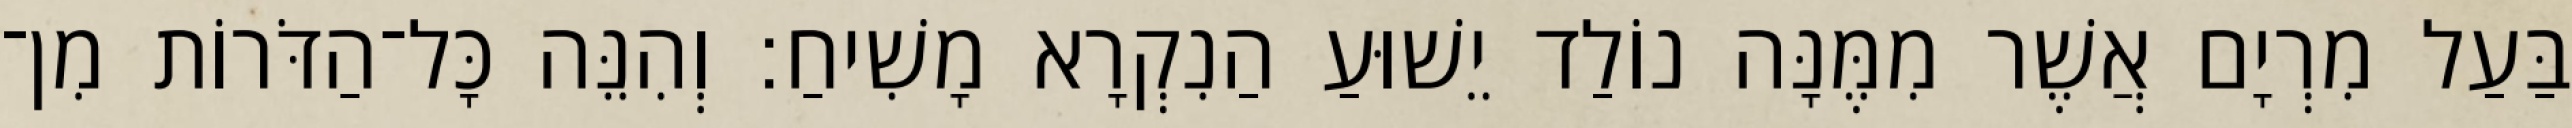
בַּעַל מִרְיָם אֲשֶׁר מִמֶּנָּה נוֹלַד יֵשׁוּעַ הַנִקְרָא מָשִׁיחַ׃ וְהִנֵּה כָּל־הַדֹּרוֹת מִן־